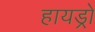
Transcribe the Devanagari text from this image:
हायड्रो